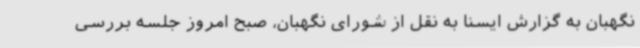
نگهبان به گزارش ایسنا به نقل از شورای نگهبان، صبح امروز جلسه بررسی